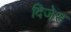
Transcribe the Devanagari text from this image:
दिजेस